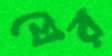
যের